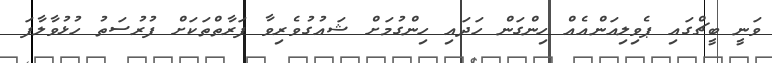
ވަނީ ބީޗްގައި ޕެވިލިއަންއެއް ހިންގަން ހަދައި ހިންގުމަށް ޝައުގުވެރިވާ ފަރާތްތަކަށް ފުރުސަތު ހުޅުވާލާފަ